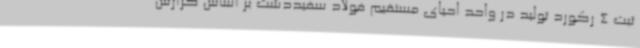
ثبت 4 رکورد تولید در واحد احیای مستقیم فولاد سفیددشت بر اساس گزارش